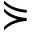
\curlyeqsucc